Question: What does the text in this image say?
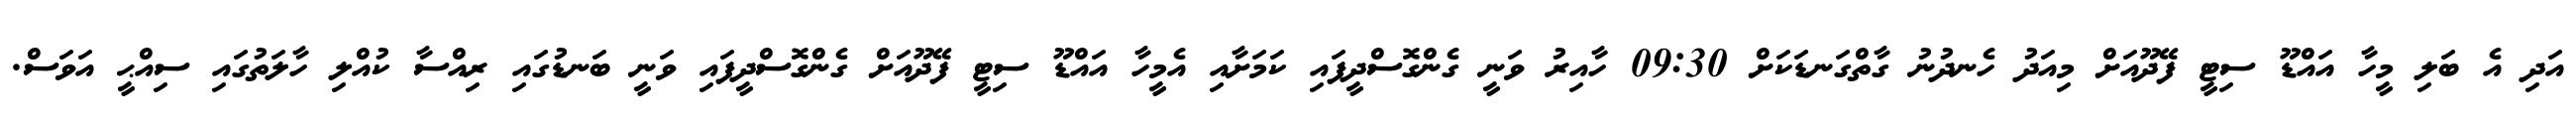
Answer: އަދި އެ ބަލި މީހާ އައްޑޫ ސިޓީ ފޭދޫއަށް މިއަދު ހެނދުނު ގާތްގަނޑަކަށް 09:30 ހާއިރު ވަނީ ގެންގޮސްދީފައި ކަމަށާއި އެމީހާ އައްޑޫ ސިޓީ ފޭދޫއަށް ގެންގޮސްދީފައި ވަނީ ބަނޑުގައި ރިއްސާ ކުއްލި ހާލަތުގައި ސިއްޙީ އަވަސް.